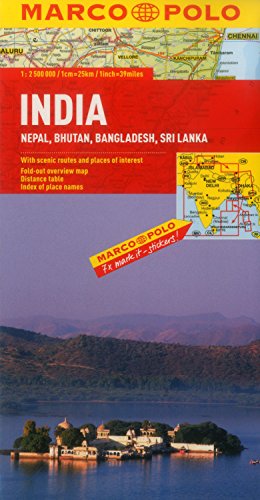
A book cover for India, Nepal, Bhutan, Bangladesh, Sri Lanka Map (Marco Polo Maps); Marco Polo Travel; Travel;